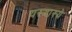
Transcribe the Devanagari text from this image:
यस्यास्ये